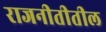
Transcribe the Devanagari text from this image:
राजनीतीतील